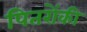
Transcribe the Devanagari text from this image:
पितरोंकी